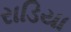
રાડિયા